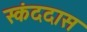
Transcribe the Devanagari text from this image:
स्कंददास